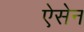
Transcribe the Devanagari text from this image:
ऐसेन